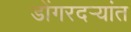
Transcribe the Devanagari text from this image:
डोंगरदर्‍यांत